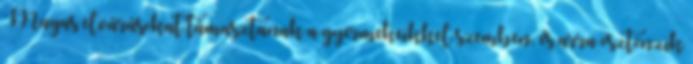
Magas elvárásokat támasztanak a gyermekeikkel szemben, és arra ösztönzik